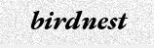
birdnest